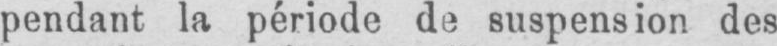
pendant la période de suspension des